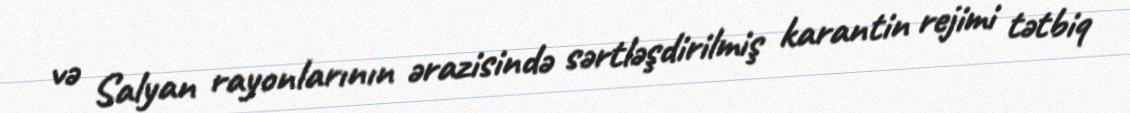
və Salyan rayonlarının ərazisində sərtləşdirilmiş karantin rejimi tətbiq